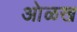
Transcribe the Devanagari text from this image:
आेळख